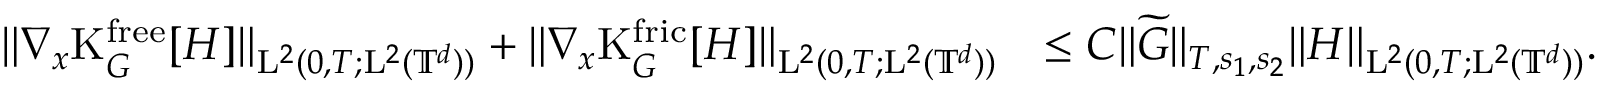
\begin{array} { r l } { \Vert \nabla _ { x } \mathrm { K } _ { G } ^ { \mathrm { f r e e } } [ H ] \Vert _ { \mathrm { L } ^ { 2 } ( 0 , T ; \mathrm { L } ^ { 2 } ( \mathbb T ^ { d } ) ) } + \Vert \nabla _ { x } \mathrm { K } _ { G } ^ { \mathrm { f r i c } } [ H ] \Vert _ { \mathrm { L } ^ { 2 } ( 0 , T ; \mathrm { L } ^ { 2 } ( \mathbb T ^ { d } ) ) } } & { \leq C \Vert \widetilde { G } \Vert _ { T , s _ { 1 } , s _ { 2 } } \Vert H \Vert _ { \mathrm { L } ^ { 2 } ( 0 , T ; \mathrm { L } ^ { 2 } ( \mathbb T ^ { d } ) ) } . } \end{array}